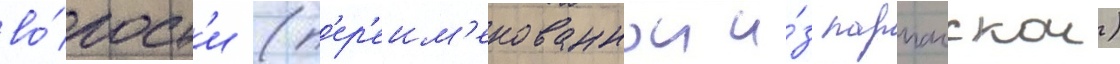
во́лост'и (п'ер'еим'енованнои и́з парпачскои)